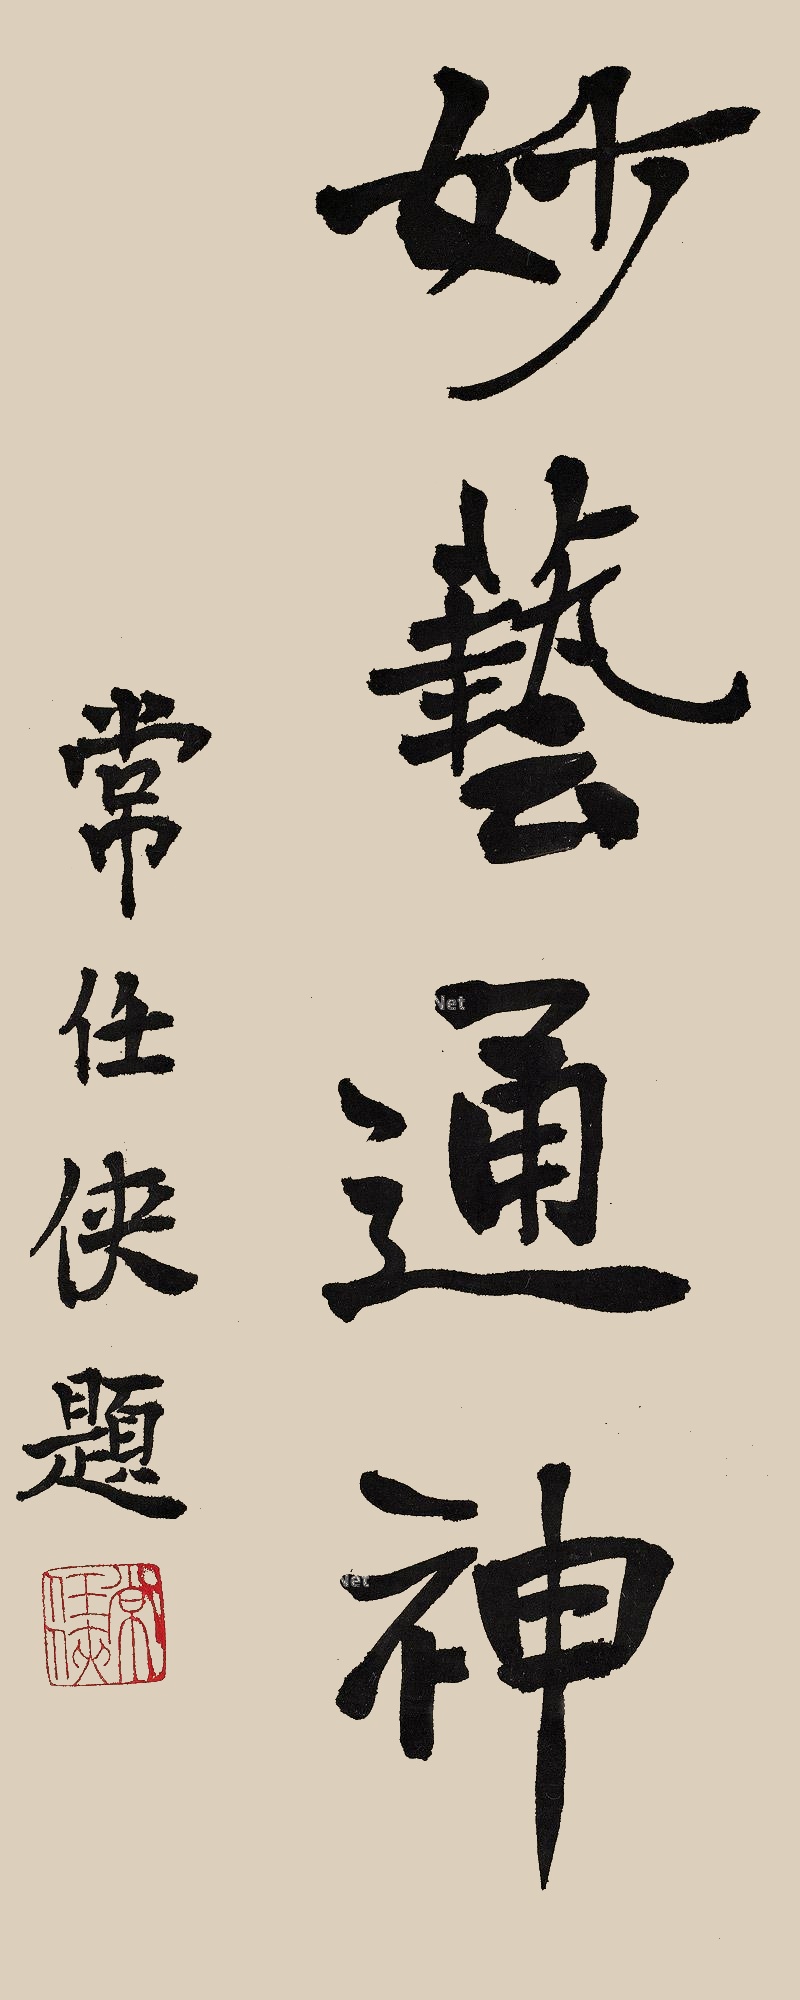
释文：妙艺通神。常任侠题。